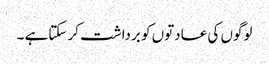
لوگوں کی عادتوں کو برداشت کر سکتاہے ۔